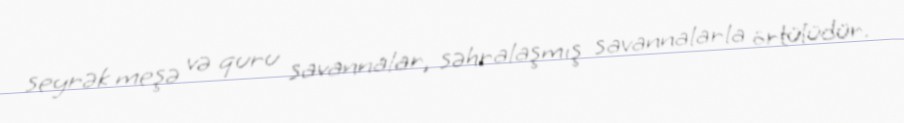
seyrək meşə və quru savannalar, səhralaşmış savannalarla örtülüdür.